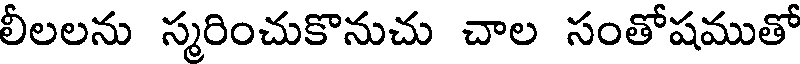
లీలలను స్మరించుకొనుచు చాల సంతోషముతో